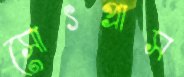
সোৎপ্রাস